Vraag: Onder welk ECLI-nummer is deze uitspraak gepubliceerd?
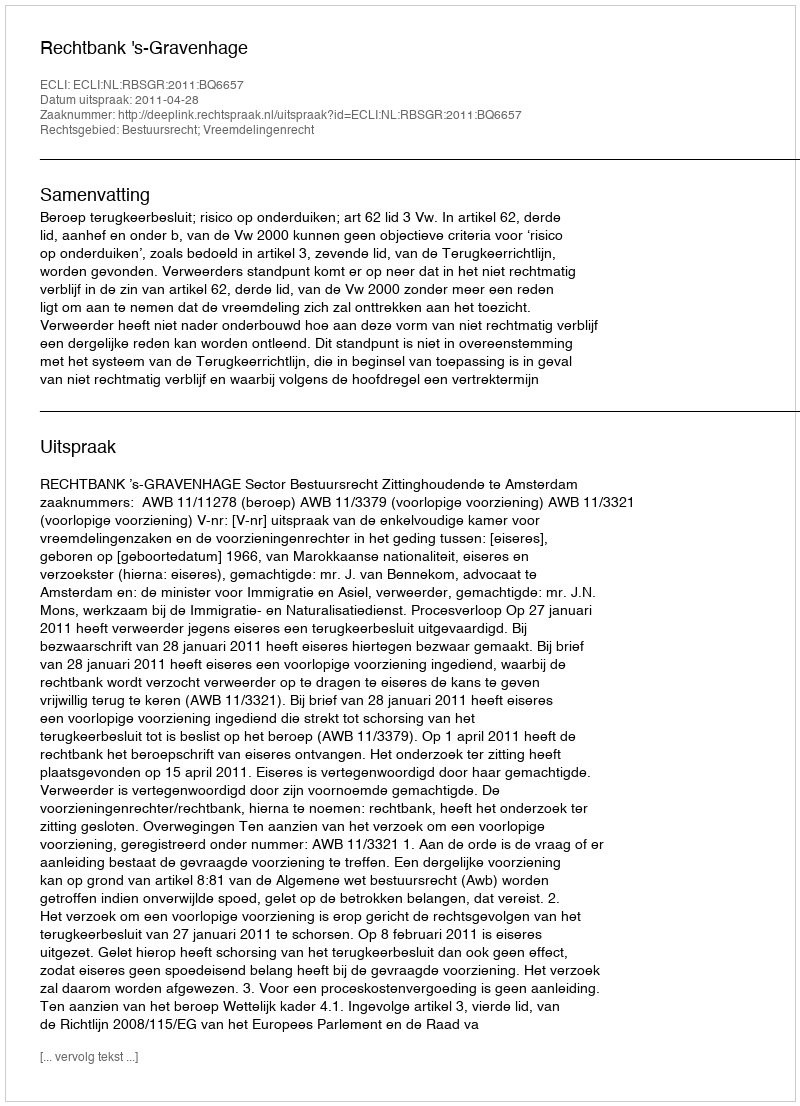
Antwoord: ECLI:NL:RBSGR:2011:BQ6657